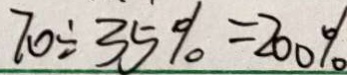
7 0 \div 3 5 \% = 2 0 0 \%